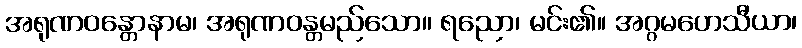
အရုဏဝန္တောနာမ၊ အရုဏဝန္တမည်သော။ ရညော၊ မင်း၏။ အဂ္ဂမဟေသီယာ၊